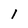
Character: I